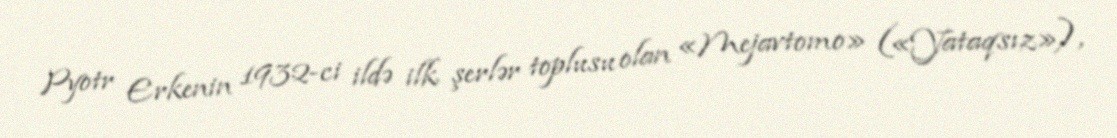
Pyotr Erkenin 1932-ci ildə ilk şerlər toplusu olan «Mejavtomo» («Yataqsız»),